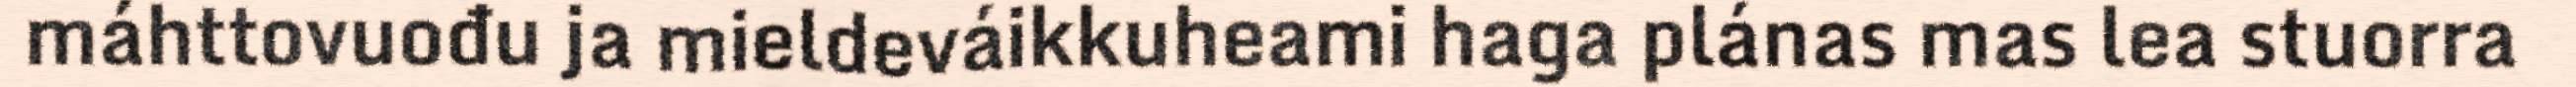
máhttovuođu ja mieldeváikkuheami haga plánas mas lea stuorra